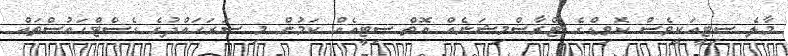
މާލެ ސިޓީއަކީވެސް ކޮވިޑްގެ ޓްރާސްމިޝަނެއް އޮތް ސިޓީއެއް ކަމުން މި ސަރަހައްދުގެ ގެސްޓްހައުސްތައް